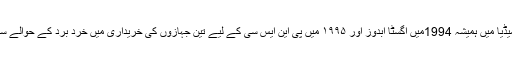
ان کا نام میڈیا میں ہمیشہ 1994میں اگسٹا آبدوز اور ۱۹۹۵ میں پی این ایس سی کے لیے تین جہازوں کی خریداری میں خرد برد کے حوالے سے آتا رہا۔